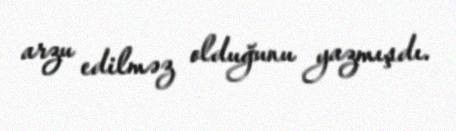
arzu edilməz olduğunu yazmışdı.